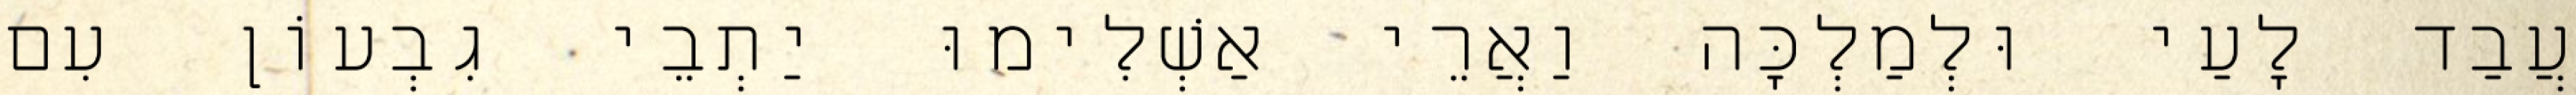
עֲבַד לָעַי וּלְמַלְכָּה וַאֲרֵי אַשְׁלִימוּ יַתְבֵי גִבְעוֹן עִם